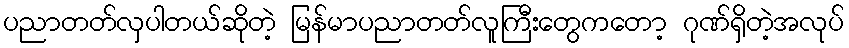
ပညာတတ်လှပါတယ်ဆိုတဲ့ မြန်မာပညာတတ်လူကြီးတွေကတော့ ဂုဏ်ရှိတဲ့အလုပ်